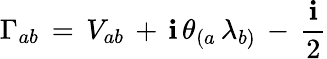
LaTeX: \Gamma_{ab}\, =\, V_{ab}\, +\, \mathbf{i}\, \theta_{(a}\, \lambda_{b)}\, -\, \frac{{\mathbf{i}}}{{2}}